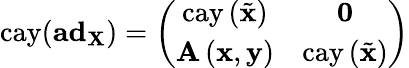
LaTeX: \mathrm{cay}(\mathbf{ad}_{\mathbf{X}})=\left(\begin{array}{cc}{\mathrm{cay}\left(\tilde{\mathbf{x}}\right)}&{\mathbf{0}}\\ {\mathbf{A}\left(\mathbf{x},\mathbf{y}\right)}&{\mathrm{cay}\left(\tilde{\mathbf{x}}\right)}\end{array}\right)